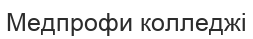
Медпрофи колледжі